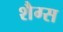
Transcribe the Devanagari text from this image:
शैग्स